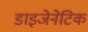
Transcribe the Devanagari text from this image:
डाइजेनेटिक